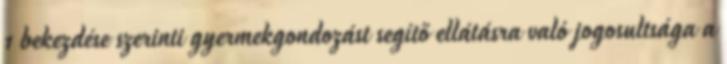
1 bekezdése szerinti gyermekgondozást segítő ellátásra való jogosultsága a